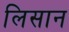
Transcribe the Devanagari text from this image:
लिसान